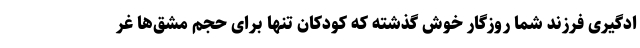
ادگیری فرزند شما روزگار خوش گذشته که کودکان تنها برای حجم مشق‌ها غر